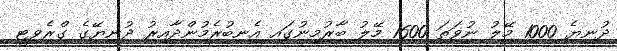
ދުނިޔެ 1000 މޭލު ނުވަތަ 1600 މޭލު ބާރުމިނުގައި އެނބުރެމުންދާއިރު ދުނިޔޭގެ ގްރެވިޓީ